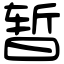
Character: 暂